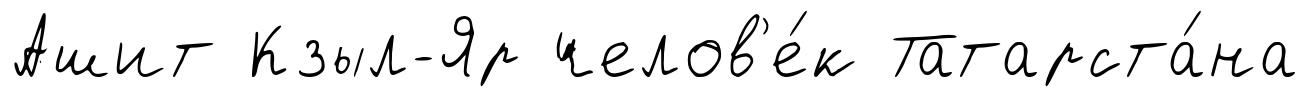
Ашит Кзыл-Яр челов'е́к Татарста́на